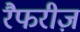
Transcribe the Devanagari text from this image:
रैफरीज़